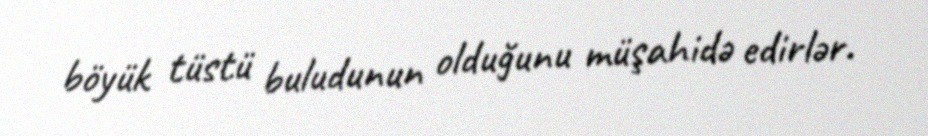
böyük tüstü buludunun olduğunu müşahidə edirlər.